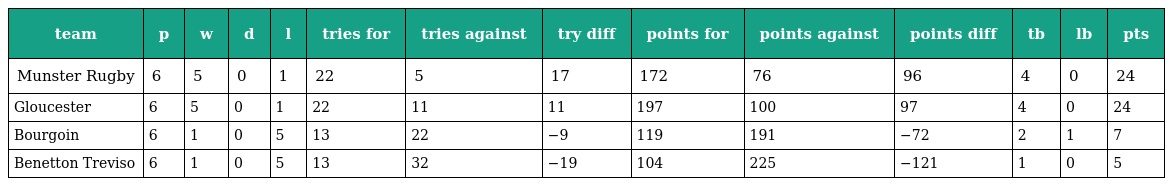
| team | p | w | d | l | tries for | tries against | try diff | points for | points against | points diff | tb | lb | pts |
 | --- | --- | --- | --- | --- | --- | --- | --- | --- | --- | --- | --- | --- | --- |
 | Munster Rugby | 6 | 5 | 0 | 1 | 22 | 5 | 17 | 172 | 76 | 96 | 4 | 0 | 24 |
 | Gloucester | 6 | 5 | 0 | 1 | 22 | 11 | 11 | 197 | 100 | 97 | 4 | 0 | 24 |
 | Bourgoin | 6 | 1 | 0 | 5 | 13 | 22 | −9 | 119 | 191 | −72 | 2 | 1 | 7 |
 | Benetton Treviso | 6 | 1 | 0 | 5 | 13 | 32 | −19 | 104 | 225 | −121 | 1 | 0 | 5 |